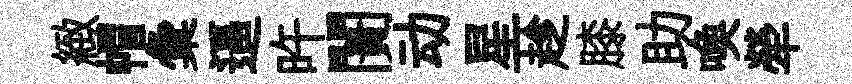
緻帽彙逼旿闠动星趁膝助喚犖